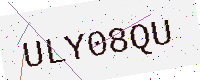
Text: ULY08QU